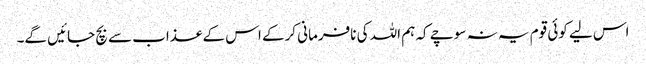
اس لیے کوئی قوم یہ نہ سوچے کہ ہم اللہ کی نافرمانی کرکے اس کے عذاب سے بچ جائیں گے۔